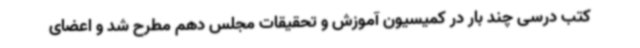
کتب درسی چند بار در کمیسیون آموزش و تحقیقات مجلس دهم مطرح شد و اعضای